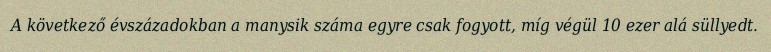
A következő évszázadokban a manysik száma egyre csak fogyott, míg végül 10 ezer alá süllyedt.